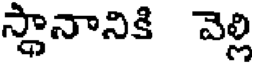
స్థానానికి వెల్లి